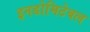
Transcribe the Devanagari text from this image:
इनडोमिटेबल